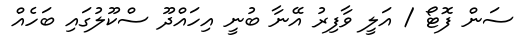
ސަން ފޮޓޯ / އަލީ ވާފިރު އޭނާ ބުނީ އިހައްދޫ ސްކޫލުގައި ބަހެއް